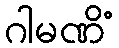
ဂါမဏိံ